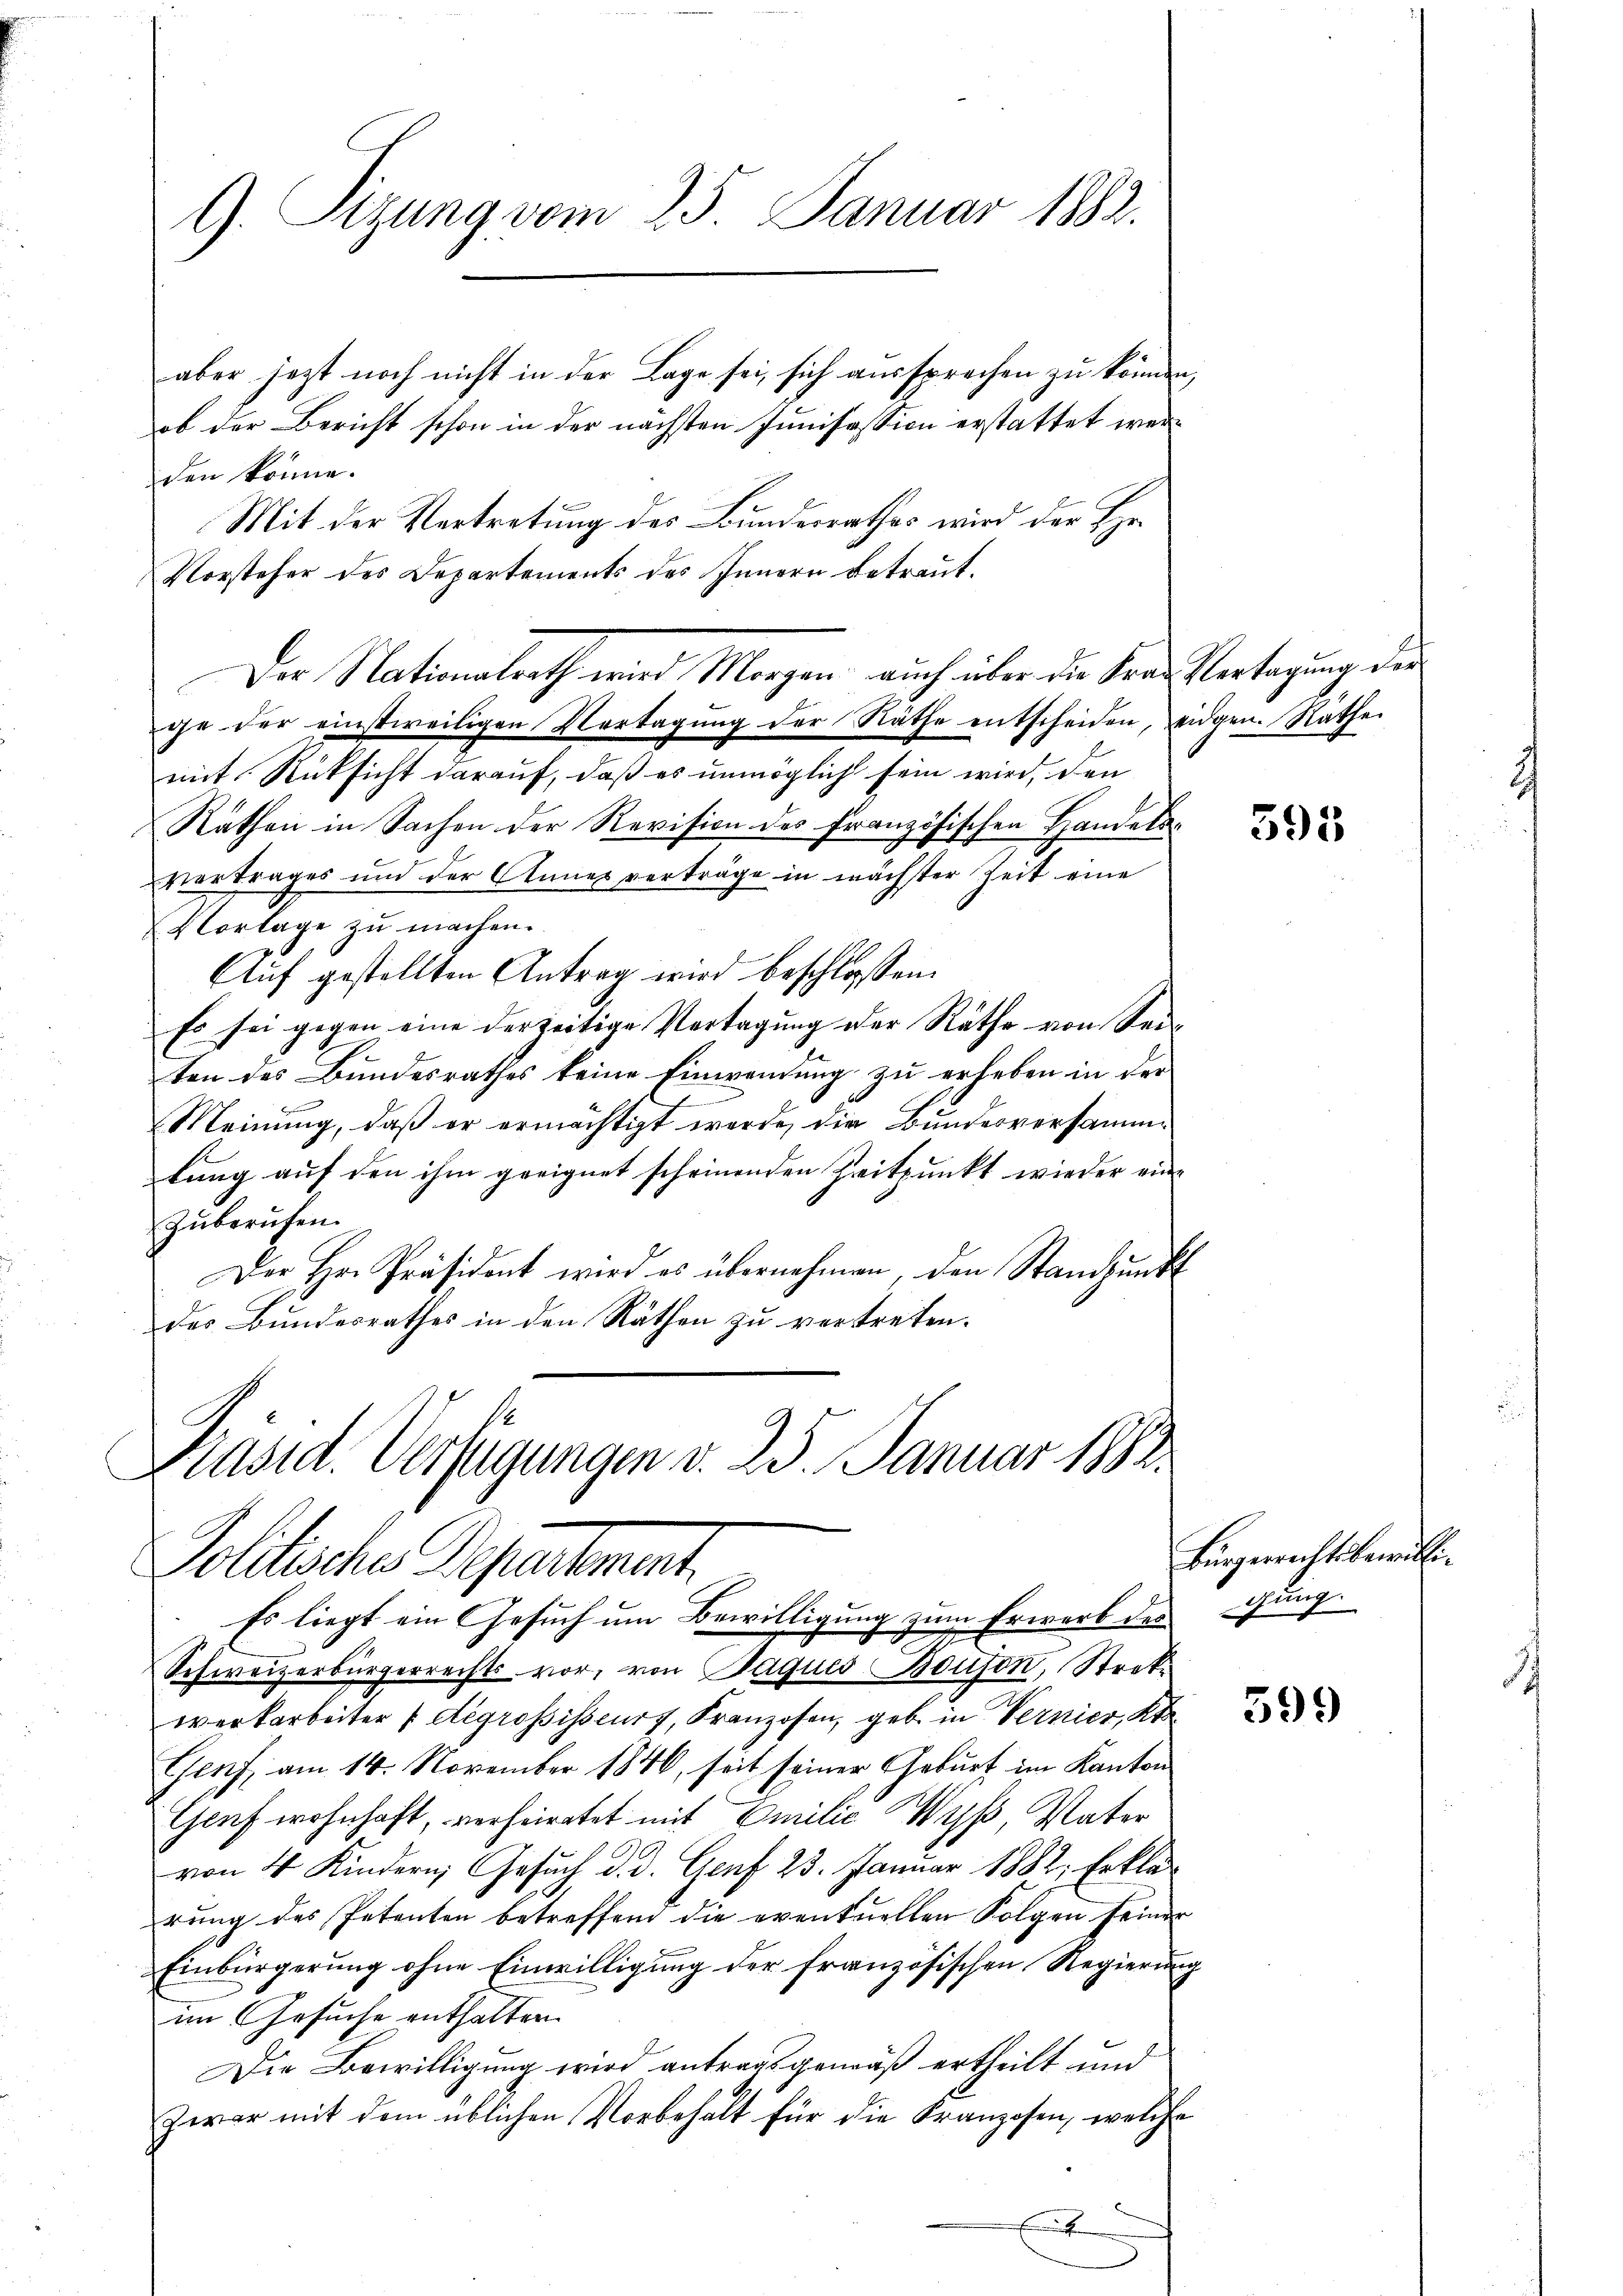
aber jezt noch nicht in der Lage sei, sich aussprechen zu können,
ob der Bericht schon in der nächsten Junisession erstattet werden könne.
Mit der Vertretung des Bundesrathes wird der Hr.
Vorsteher des Departements des Innern betraut.
ge der einstweiligen Vertagung der Räthe entscheiden, eidgen. Rathe
mit Rücksicht darauf, daß es unmöglich sein wird, den
Rathen in Sachen der Revision des französischen Handels¬
Vertrages und der Anner verträge in nächster Zeit eine
Vorlage zu machen.
Auf gestellten Antrag wird beschlossen:
Es sei gegen eine der zeitige Vertagung der Räthe von Seiten des Bundesrathes keine Einwendung zu erheben in der
Meinung, daß er ermächtigt werde, die Bundesversammtung auf den ihm geeignet scheinenden Zeitpunkt wieder ein¬
Zuberufen.
Der Hr. Präsident wird es übernehmen den Standpunkt
des Bundesrathes in den Räthen zu vertreten.

9. Sizung vom 25. Januar 1883.

Der Nationalrath wird Morgen, auch über die Frau Vertagung der

Präsid. Verfügungen v. 25. Januar 1883.
Politische Departement.

werkarbeiter / degrosisseurs, Franzosen, geb. in Vernier, Kt
Genf, am 14. November 1840, seit seiner Geburt im Kanton
Genf wohnhaft, verheiratet mit Emilić Wyß, Vater
von 4 Kindern, Gesuch d. d. Genf 23. Januar 1882, Erklärung des Petenten betreffend die eventuellen Folgen seiner
Einbürgerung ohne Einwilligung der französischen Regierung
im Gesuche enthalten.
Die Bewilligung wird antragsgemäß ertheilt und
Zwar mit dem üblichen Vorbehalt für die Franzosen, welche

Es liegt ein Gesuch um Bewilligung zum Erwerb des
Schweizerbürgerrechts vor, von Paques Bouson, Strek¬

595

Bürgerrechtsbewilligung.

599